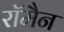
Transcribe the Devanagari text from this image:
रॉमैन